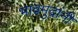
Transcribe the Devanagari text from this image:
भावमुद्रांनी